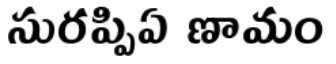
సురప్పిఏ ణామం